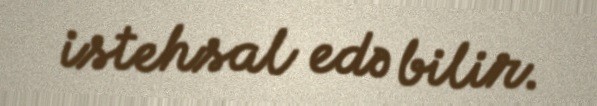
istehsal edə bilir.